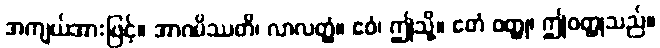
အကျယ်အားဖြင့်။ အာဂမိဿတိ၊ လာလတ္တံ့။ ဧဝံ၊ ဤသို့။ ဧတံ ဝတ္ထု၊ ဤဝတ္ထုသည်။